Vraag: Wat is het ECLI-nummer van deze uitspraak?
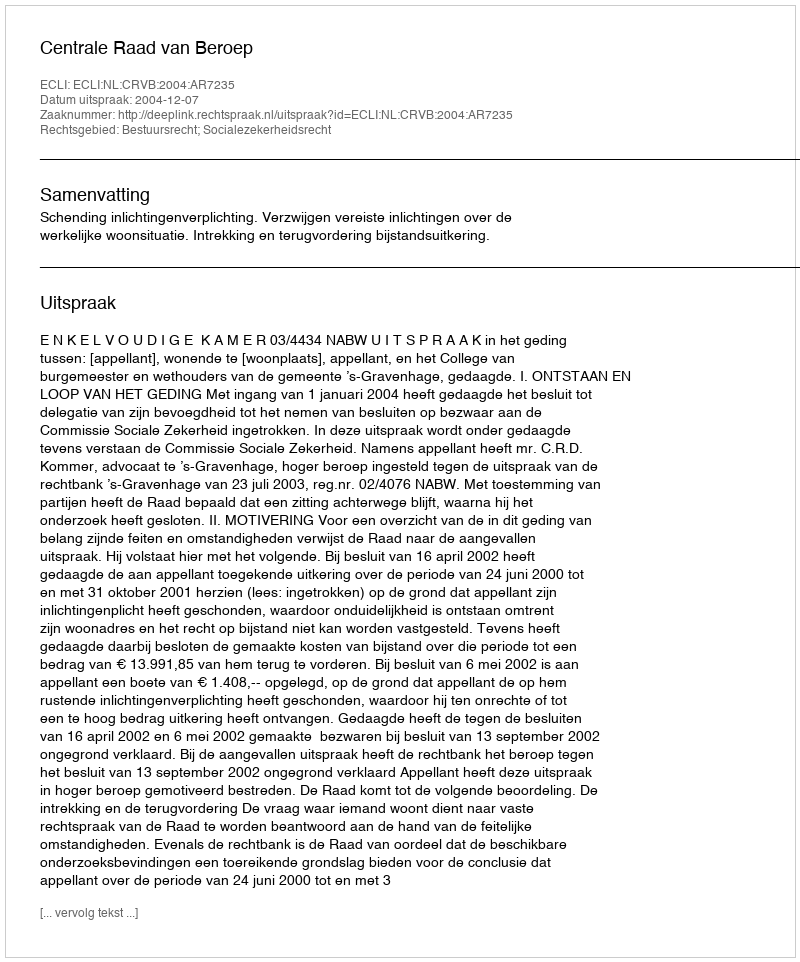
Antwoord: ECLI:NL:CRVB:2004:AR7235